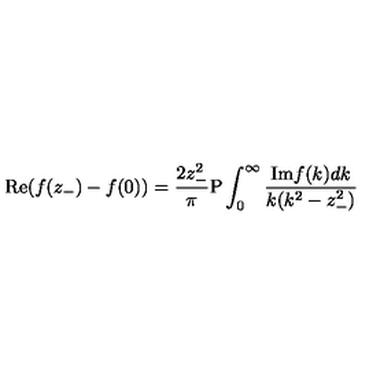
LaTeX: \mathrm { { R e } } ( f ( z _ { - } ) - f ( 0 ) ) = { \frac { 2 z _ { - } ^ { 2 } } { \pi } } { \mathrm { P } } \int _ { 0 } ^ { \infty } { \frac { \mathrm { { I m } } f ( k ) d k } { k ( k ^ { 2 } - z _ { - } ^ { 2 } ) } }